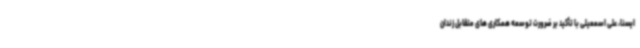
ایسنا، علی اسمعیلی با تأکید بر ضرورت توسعه همکاری های متقابل زندان